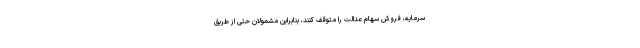
سرمایه، فروش سهام عدالت را متوقف کنند، بنابراین مشمولان حتی از طریق